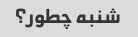
شنبه چطور؟